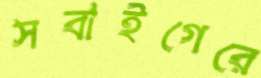
সবাইগেরে